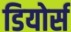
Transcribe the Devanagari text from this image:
डियोर्स